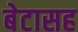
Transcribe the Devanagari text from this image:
बेटासह